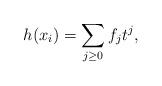
LaTeX: \begin{align*}h(x_i)=\sum_{j\geq 0} f_j t^j,\end{align*}